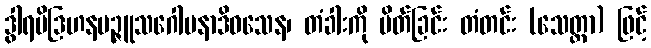
ဒွါရပိဒြဟနမဉ္ဇူသဂေါပနာဒိဝသေန၊ တံခါးကို ပိတ်ခြင်း တံတင်း (သေတ္တာ) ဖြင့်